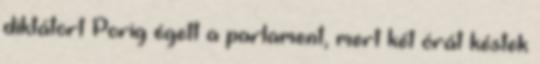
diktátort Porig égett a parlament, mert két órát késtek